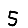
Digit: 5